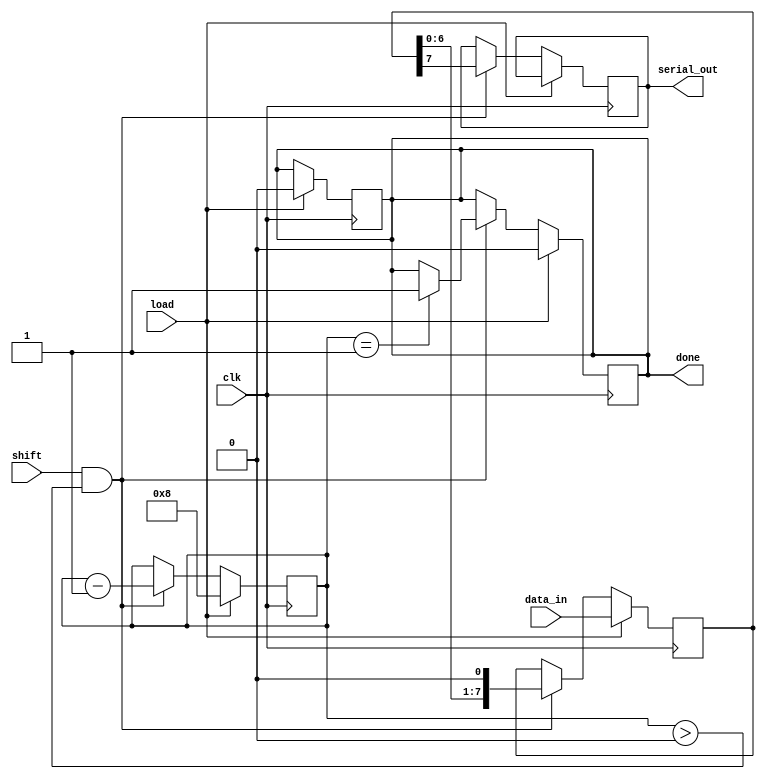
module PISO_Register #(
    parameter WIDTH = 8  // Configurable width of the parallel input
)(
    input wire clk,               // Clock signal
    input wire load,              // Load control signal
    input wire shift,             // Shift control signal
    input wire [WIDTH-1:0] data_in, // Parallel input data
    output reg serial_out,        // Serial output
    output reg done               // Indicates when shifting is complete
);

    reg [WIDTH-1:0] shift_reg;    // Shift register to hold the data
    reg [3:0] bit_count;           // Counter for the number of bits shifted out

    // Reset and load operation
    always @(posedge clk) begin
        if (load) begin
            shift_reg <= data_in;  // Load data into the shift register
            bit_count <= WIDTH;     // Set bit count to the width of the data
            done <= 1'b0;           // Reset done signal
        end else if (shift && bit_count > 0) begin
            serial_out <= shift_reg[WIDTH-1]; // Shift out the MSB
            shift_reg <= shift_reg << 1; // Shift left
            bit_count <= bit_count - 1; // Decrement bit count
            if (bit_count == 1) begin
                done <= 1'b1; // Set done signal when all bits are shifted out
            end
        end
    end

    // Optional reset functionality
    always @(posedge clk) begin
        if (load) begin
            done <= 1'b0; // Reset done signal on load
        end
    end

endmodule